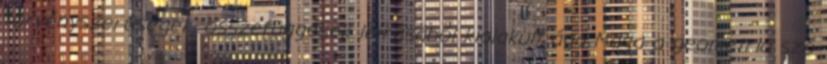
törvényszerűségek, összefüggések leírásából kialakult ága Maga a geometria szó